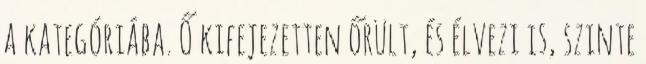
a kategóriába. Ő kifejezetten őrült, és élvezi is, szinte